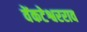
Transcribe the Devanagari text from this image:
वेंकटेश्वरराव